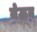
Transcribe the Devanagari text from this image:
जेऊन